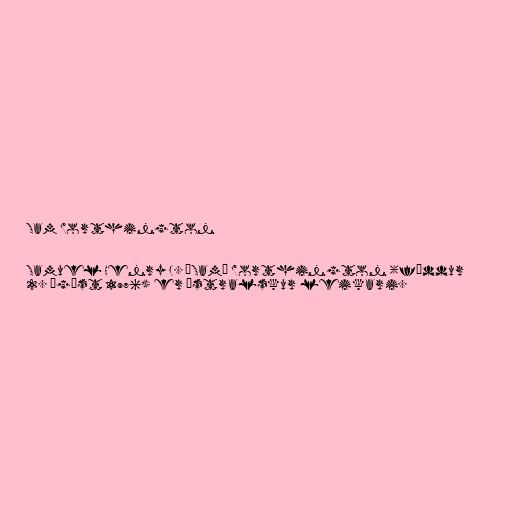
Sam Worthington

Samuel Henry J. „Sam“ Worthington (fæddur
2. ágúst 1976) er ástralskur leikari.